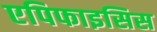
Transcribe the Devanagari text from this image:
एपिफाइसिस